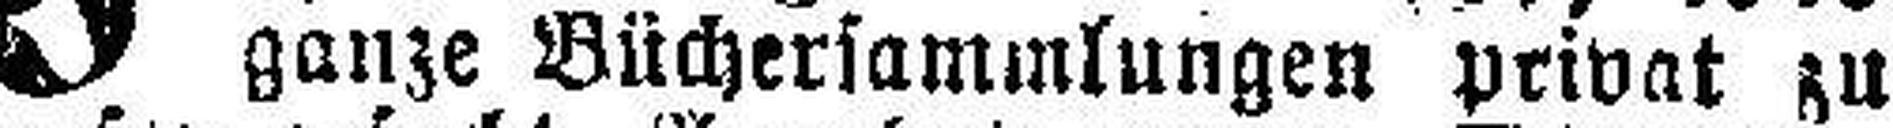
ganze Büchersammlungen privat zu